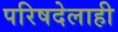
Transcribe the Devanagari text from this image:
परिषदेलाही